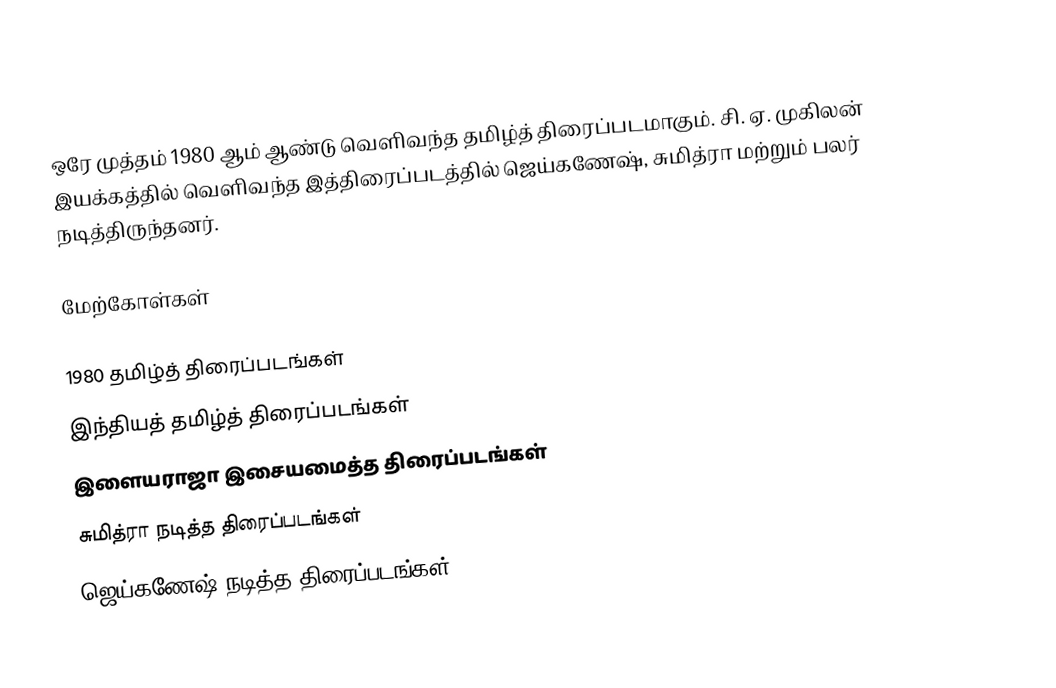
ஒரே முத்தம் 1980 ஆம் ஆண்டு வெளிவந்த தமிழ்த் திரைப்படமாகும். சி. ஏ. முகிலன் இயக்கத்தில் வெளிவந்த இத்திரைப்படத்தில் ஜெய்கணேஷ், சுமித்ரா மற்றும் பலர் நடித்திருந்தனர்.

மேற்கோள்கள்

1980 தமிழ்த் திரைப்படங்கள்
இந்தியத் தமிழ்த் திரைப்படங்கள்
இளையராஜா இசையமைத்த திரைப்படங்கள்
சுமித்ரா நடித்த திரைப்படங்கள்
ஜெய்கணேஷ் நடித்த திரைப்படங்கள்